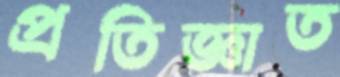
প্রতিজ্ঞাত